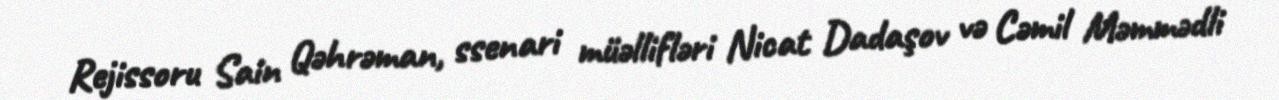
Rejissoru Sain Qəhrəman, ssenari müəllifləri Nicat Dadaşov və Cəmil Məmmədli